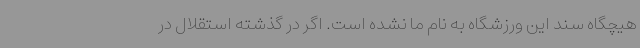
هیچگاه سند این ورزشگاه به نام ما نشده است. اگر در گذشته استقلال در